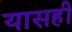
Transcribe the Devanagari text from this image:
यासही